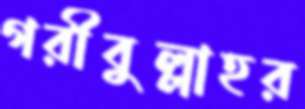
গরীবুল্লাহর